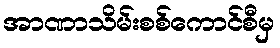
အာဏာသိမ်းစစ်ကောင်စီမှ